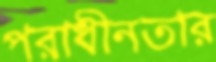
পরাধীনতার